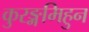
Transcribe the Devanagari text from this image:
कुरङ्गमिहुन